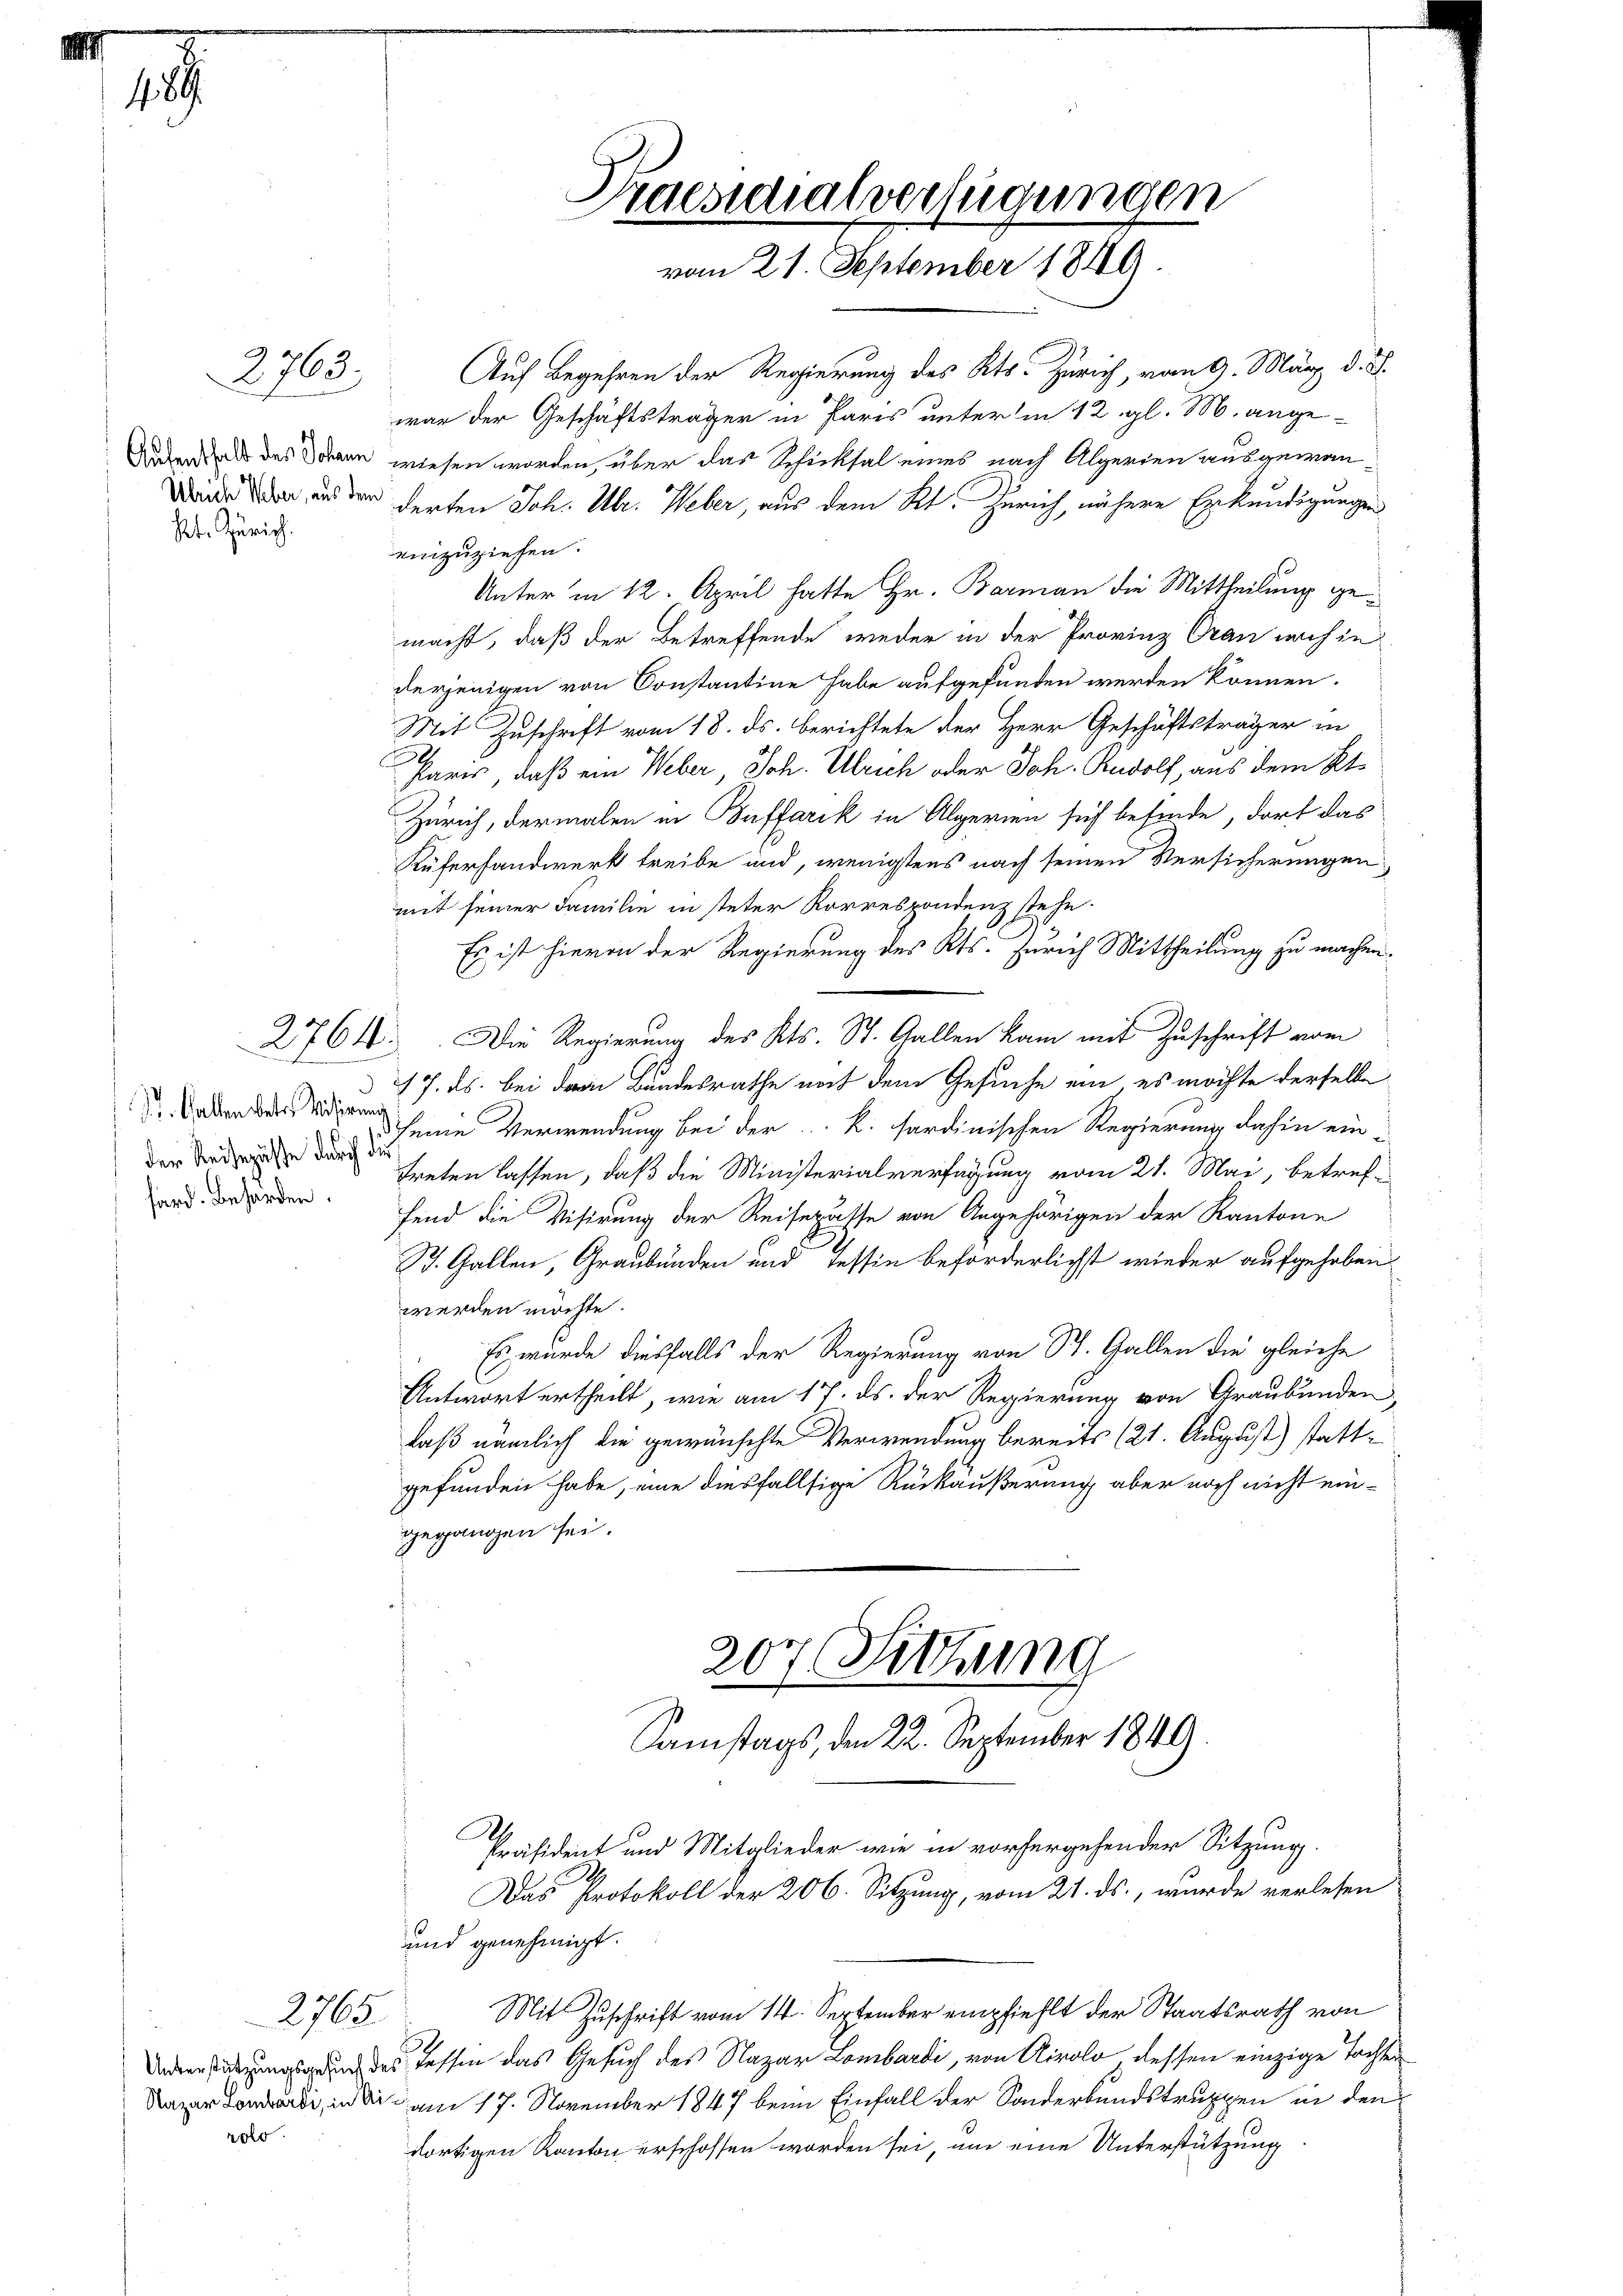
1

Kt. Zürich.

2763.

d
/. Gallen betr. Visirung
der Reisepässe durch die
hard. Behörden.

2765
rol.

Praesidialverfügungen
vom 21. September 1849

Auf Begehren der Regierung des Kts. Zürich, vom 9. März d. J.
war der Geschäftsträger in Paris unterm 12. gl. M. ange-
Addend des Johann wiesen worden, über das Schicksal eines nach Algerien ausgewan¬
Werden, und der derten Joh. Ulr. Weber, aus dem Kt. Zürich, nähere Erkundigungen
einzuziehen.
Unter in 12. April hatte Hr. Barman die Mittheilung gemacht, daß der Betreffende weder in der Provinz Oran nach in
derjenigen von Constantine habe aufgefunden werden können.
Mit Zuschrift vom 18. ds. berichtete der Herr Geschäftsträger in
f
Paris, daß ein Weber, Joh. Ulrich oder Joh. Rudolf, aus dem Kt.
Zürich, dermalen in Buffarik in Algerien sich beförde, dort das
Küferhandwerk treibe und, wenigstens nach seinen Versicherungen
mit seiner Familie in steter Korrespondenz stehe.
Es ist hievon der Regierung des Kts. Zürich Mittheilung zu machen.
2764. Die Regierung des Kts. St. Gallen kam mit Zuschrift vom
17. ds. bei dem Bundesrathe nach dem Gesuche ein es möchte derselbe
seine Verwendung bei der k. fordinischen Regierung dahin ein-
treten lassen, daß die Ministerialverfügung vom 21. Mai, betreffend die Visirung der Reiserasse von Angehörigen der Kantone
2
S. Gallen, Graubünden und Tessin beförderlichst wieder aufgehoben
werden möchte.
Es wurde diesfalls der Regierung von St. Gallen die gleiche
Antwort ertheilt, wie am 17. ds. der Regierung von Graubünden,
laß nämlich die gewünschte Verwendung bereits (21. August) stattgefunden habe, eine diesfallsige Rückäußerung aber noch nicht eingegangen sei.
207. Sittung
Samstags, den 22. September 1849.
Präsident und Mitglieder wie in vorhergehender Sitzung.
Das Protokoll der 206. Sitzung, vom 21. ds., wurde verlesen
und genehmigt.
Mit Zuschrift vom 14. September empfiehlt der Staatsrath von
Deren Tierungsgrund des Tessen das Gesuch des Nazar Lombardi, von Airolo dessen einzige Tochter
, in die am 17. November 1847 beim Einfall der Sonderbundstruppen in den
dortigen Kanton erschossen worden sei, um eine Unterstützung